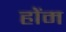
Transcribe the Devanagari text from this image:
होंम